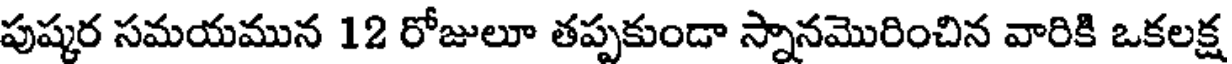
పుష్కర సమయమున 12 రోజులూ తప్పకుండా స్నానమొరించిన వారికి ఒకలక్ష